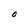
Character: O